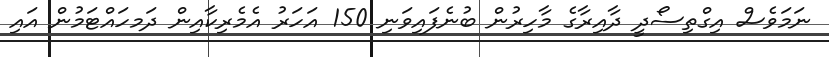
ނަމަވެސް އިގްތިސޯދީ ދާއިރާގެ މާހިރުން ބުނެފައިވަނި 150 އަހަރު އެމެރިކާއިން ދަމހައްޓަމުން އައި